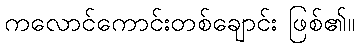
ကလောင်ကောင်းတစ်ချောင်း ဖြစ်၏။